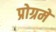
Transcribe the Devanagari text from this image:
प्रोग्रमे